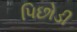
પિછોડી